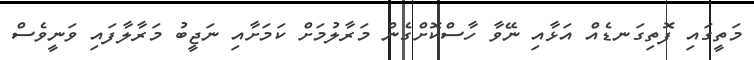
މަތީގައި ފޮތިގަނޑެއް އަޅާއި ނޭވާ ހާސްކޮށްގެން މަރާލުމަށް ކަމަށާއި ނަޖީބު މަރާލާފައި ވަނީވެސް